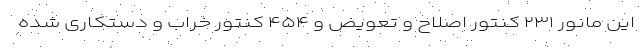
این مانور ۲۳۱ کنتور اصلاح و تعویض و ۴۵۴ کنتور خراب و دستکاری شده